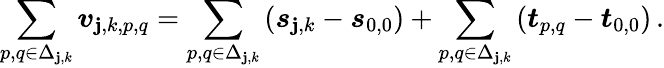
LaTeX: \sum_{p,q\in\Delta_{\mathbf{j},k}}\boldsymbol{v}_{\mathbf{j},k,p,q}=\sum_{p,q\in\Delta_{\mathbf{j},k}}\left(\boldsymbol{s}_{\mathbf{j},k}-\boldsymbol{s}_{0,0}\right)+\sum_{p,q\in\Delta_{\mathbf{j},k}}\left(\boldsymbol{t}_{p,q}-\boldsymbol{t}_{0,0}\right)\, .